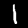
Digit: 1